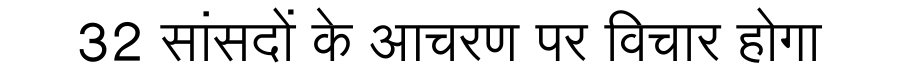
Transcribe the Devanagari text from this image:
32 सांसदों के आचरण पर विचार होगा